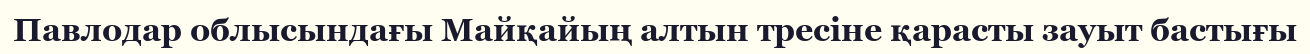
Павлодар облысындағы Майқайың алтын тресіне қарасты зауыт бастығы